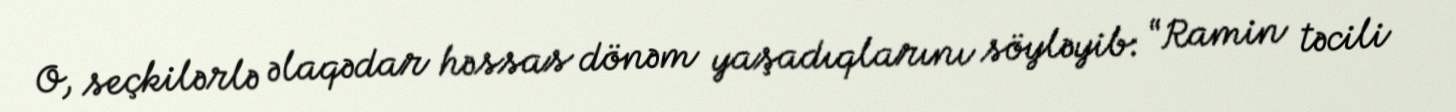
O, seçkilərlə əlaqədar həssas dönəm yaşadıqlarını söyləyib: “Ramin təcili